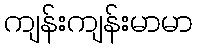
ကျန်းကျန်းမာမာ